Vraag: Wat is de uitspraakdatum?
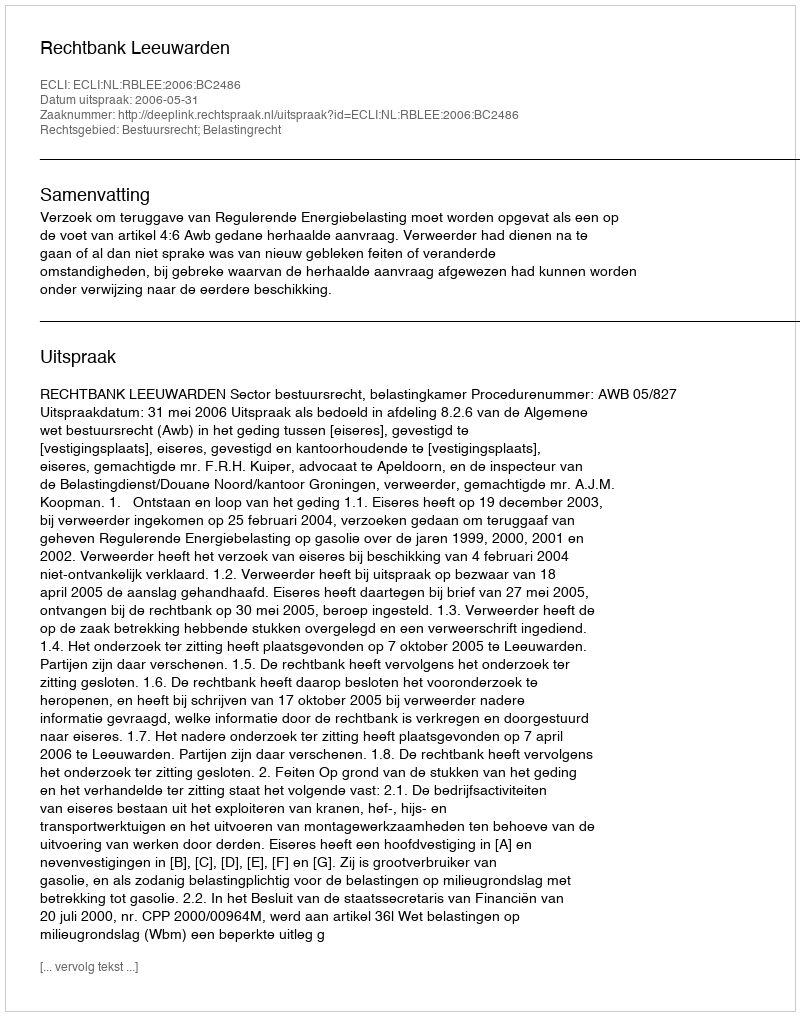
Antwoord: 2006-05-31